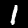
Digit: 1